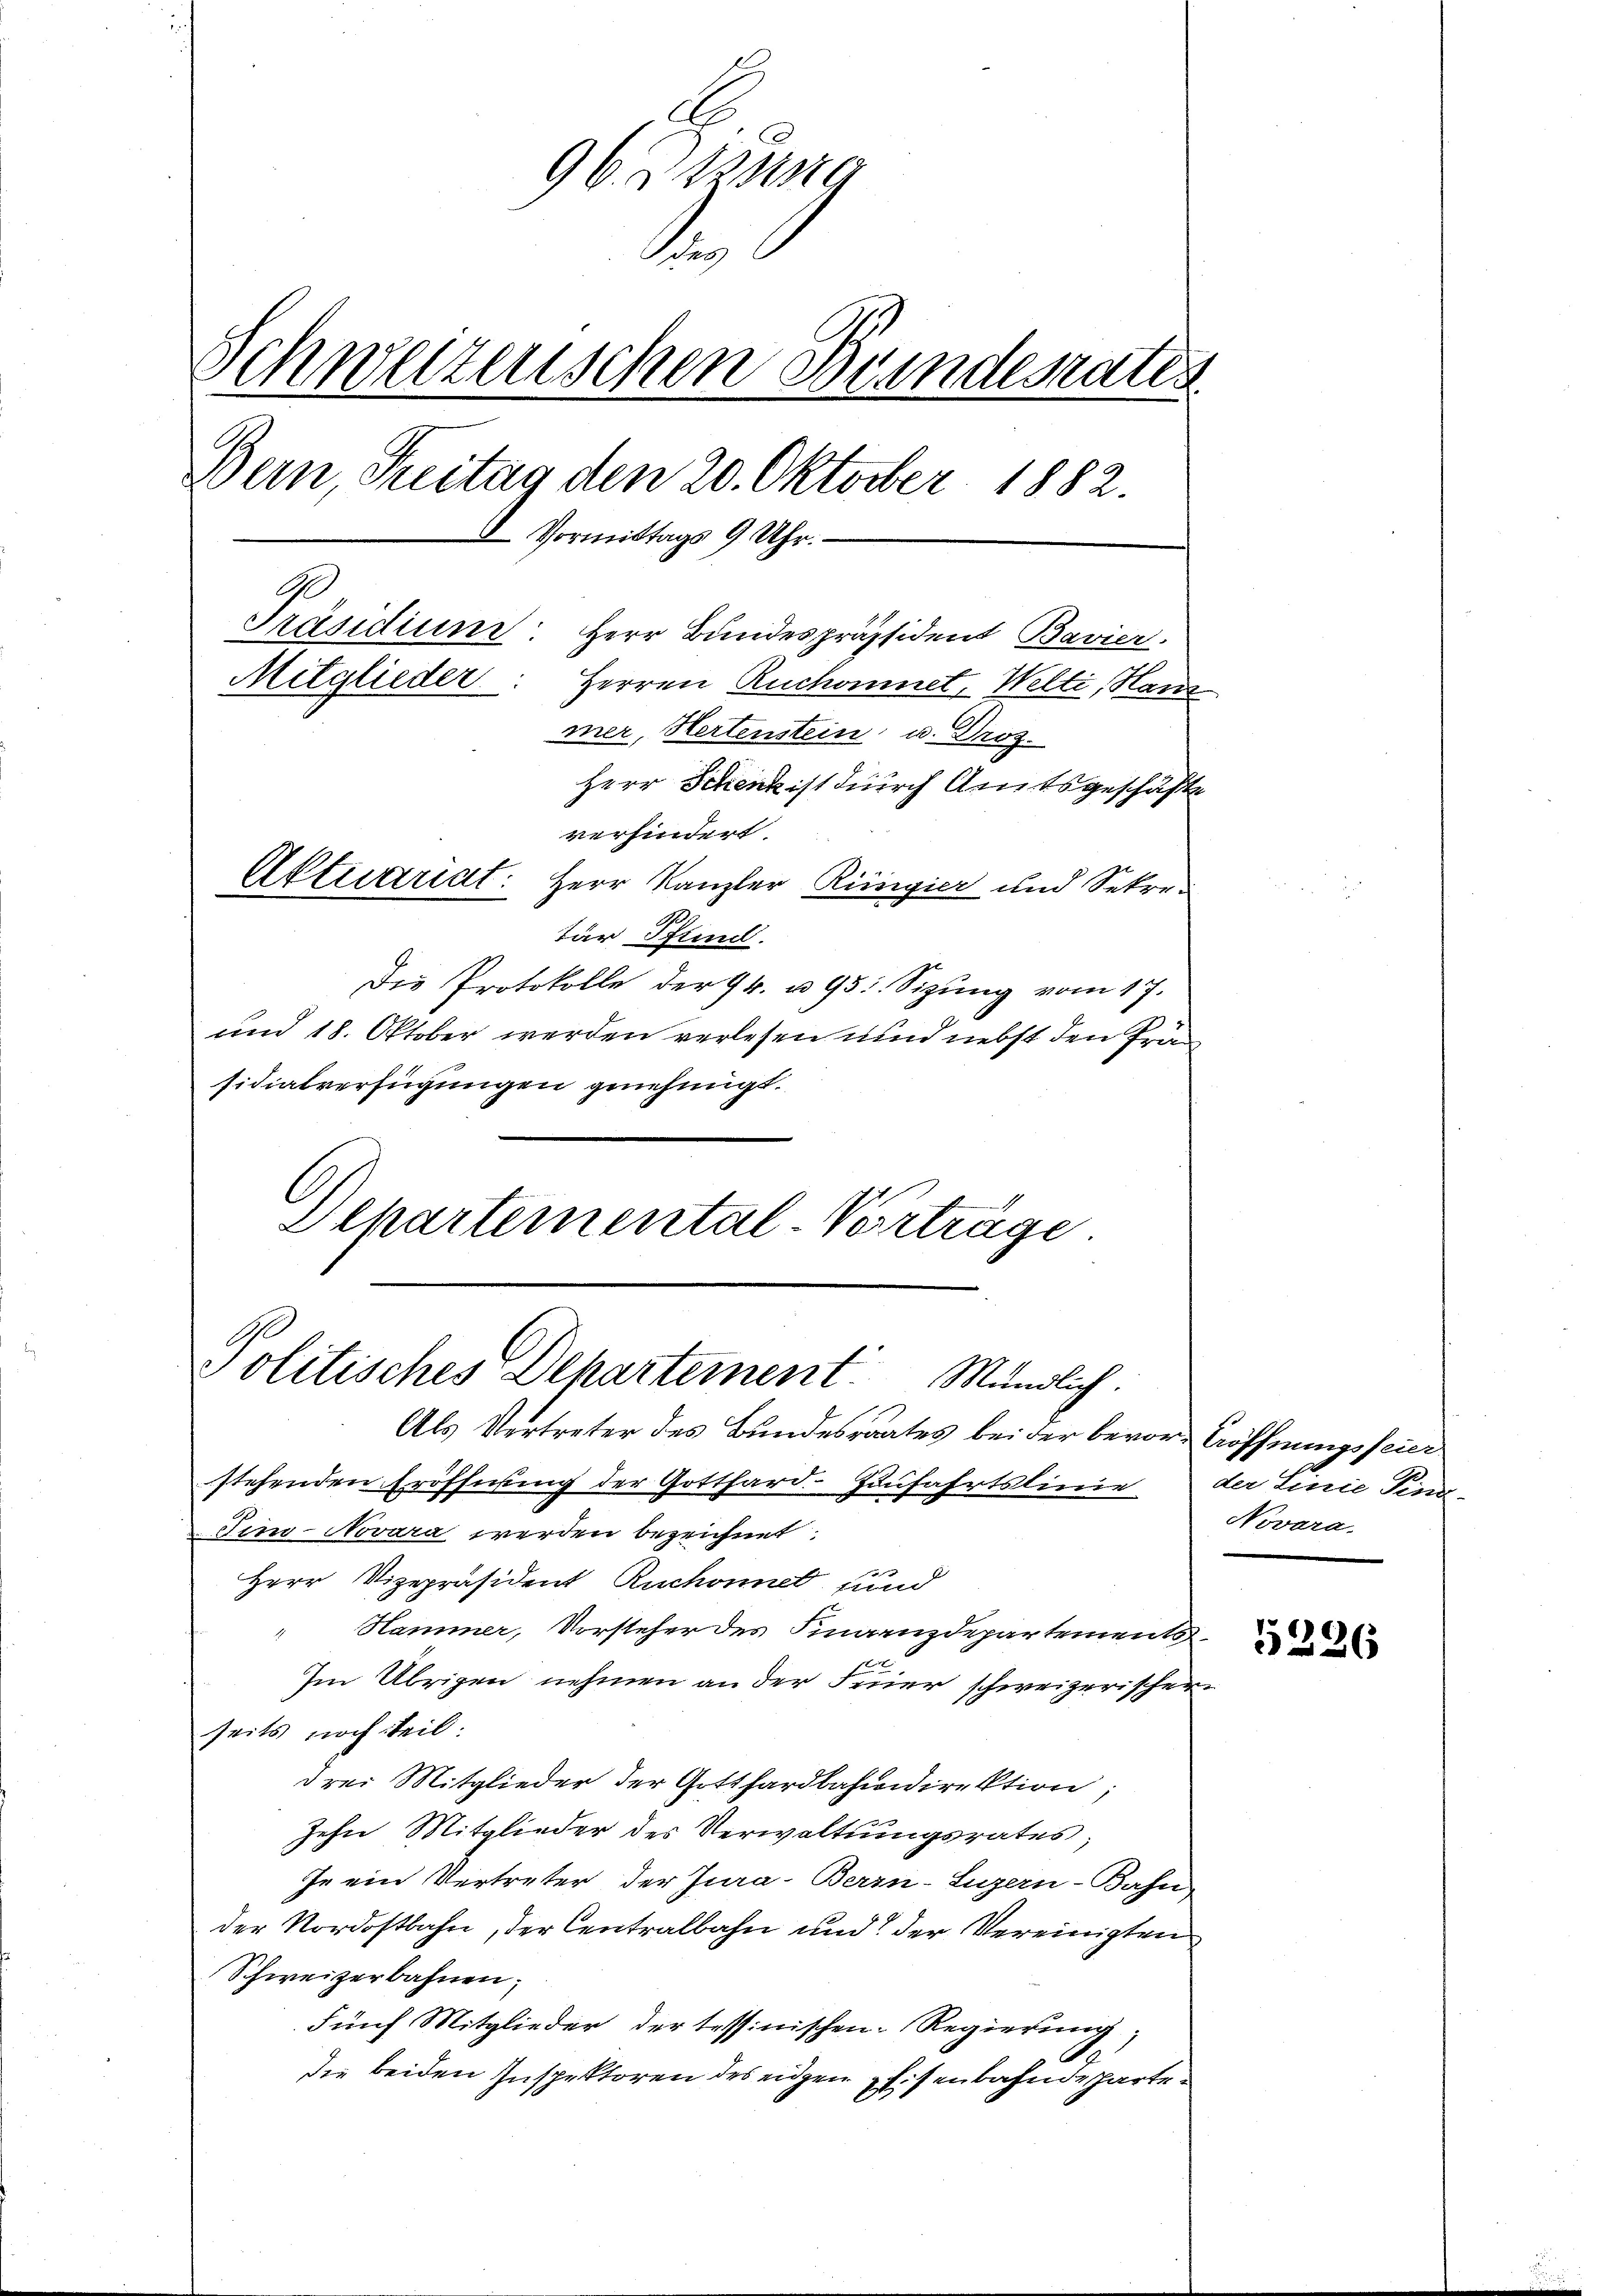
A
96. Dassen
t
Schweizerischen Bundesrates
Bern, Freitag den 20. Oktober 1882.
I Vormittags 9 Uhr.
Präsidium Herr Bundespräsident Bavier
Mitglieder
Herren Ruchonnet, Welti, Han
mer, Hertenstein u. Dros.
Herr Schenk ist durch Amtsgeschäfte
verhindert.
Aktuariat: Herr Kanzler Ringier und Sekre¬
.
tür öffend.
Die Protokolle der 94. u. 95: Sizung vom 17.
und 18. Oktober werden verlesen und nebst den Präsidialverfügungen genehmigt.

Departemental-Vorträge

Politisches Departement Mündlich.

Als Vertreter des Bundesraates bei der bevor Eröffnungsfeier
stehenden Eröffnung der Gotthard. Zunfahrtslinie der Linie Tini¬
Fino-Novara werden bezeichnet.
Herr Vizepräsident Ruchonnet und
Hammer, Vorsteher des Finanzdepartement¬
Im Übrigen nehmen an der Feuer schweizerischer.
seits noch teil:
drei Mitglieder der Gotthardbahndirektion;
zehn Mitglieder des Verwaltungsrates;
Je ein Vertreter der Jura-Berrn-Luzern-Bahn
der Nordostbahn, der Centralbahn und der Vereinigten
Schweizerbahnen;
Fünf Mitglieder der tessinischen Regierung,
A
die beiden Inspektoren des eigen Eisenbahndeparte¬

Novara.

5226